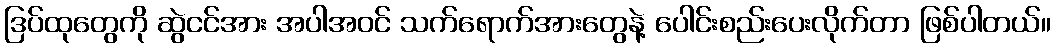
ဒြပ်ထုတွေကို ဆွဲငင်အား အပါအဝင် သက်ရောက်အားတွေနဲ့ ပေါင်းစည်းပေးလိုက်တာ ဖြစ်ပါတယ်။